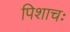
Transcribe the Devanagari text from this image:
पिशाचः